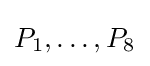
P_{1},\ldots ,P_{8}